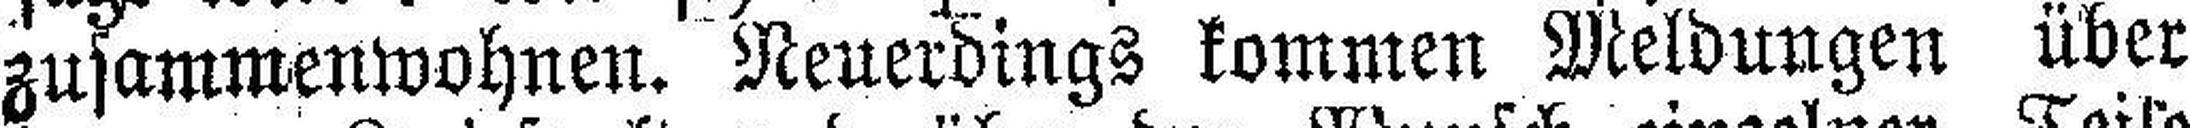
zusammenwohnen. Neuerdings kommen Meldungen über